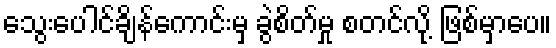
သွေးပေါင်ချိန်ကောင်းမှ ခွဲစိတ်မှု စတင်လို့ ဖြစ်မှာပေ။